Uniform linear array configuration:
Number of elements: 64
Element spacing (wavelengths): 0.75
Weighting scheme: exponential
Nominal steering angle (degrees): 15
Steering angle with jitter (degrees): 15.096
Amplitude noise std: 0.05
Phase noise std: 0.05

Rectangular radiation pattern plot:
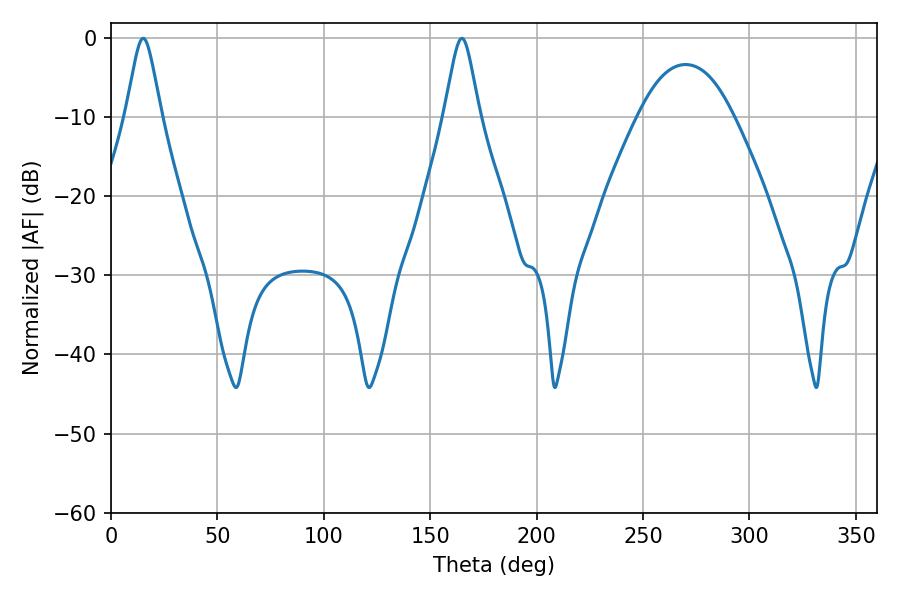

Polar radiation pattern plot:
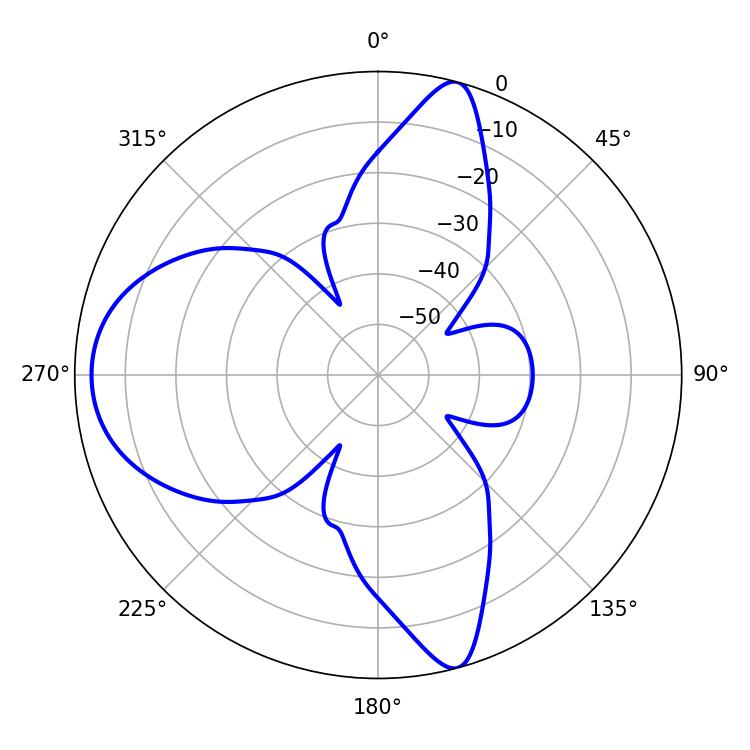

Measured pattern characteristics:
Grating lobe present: TRUE
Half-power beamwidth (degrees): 7.92
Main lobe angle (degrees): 15.12